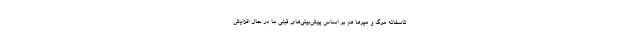
تاسفانه مرگ و میرها هم بر اساس پیش‌بینی‌های قبلی ما در حال افزایش